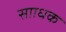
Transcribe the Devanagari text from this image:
सााधक